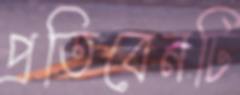
প্রতিবেনটি